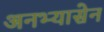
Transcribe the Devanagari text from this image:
अनभ्यासेन